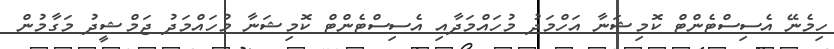
ހިމެނޭ އެސިސްޓެންޓް ކޮމިޝަނާ އަހްމަދު މުހައްމަދާއި އެސިސްޓެންޓް ކޮމިޝަނާ މުހައްމަދު ޖަމްޝީދު މަގާމުން